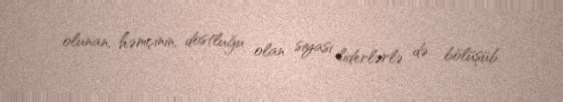
olunan, həmçinin, dostluğu olan siyasi liderlərlə də bölüşüb.